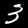
Label: 3